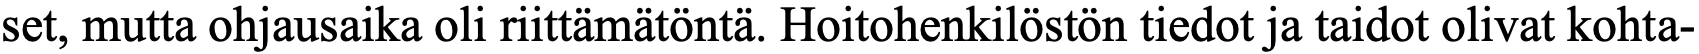
set, mutta ohjausaika oli riittämätöntä. Hoitohenkilöstön tiedot ja taidot olivat kohta-